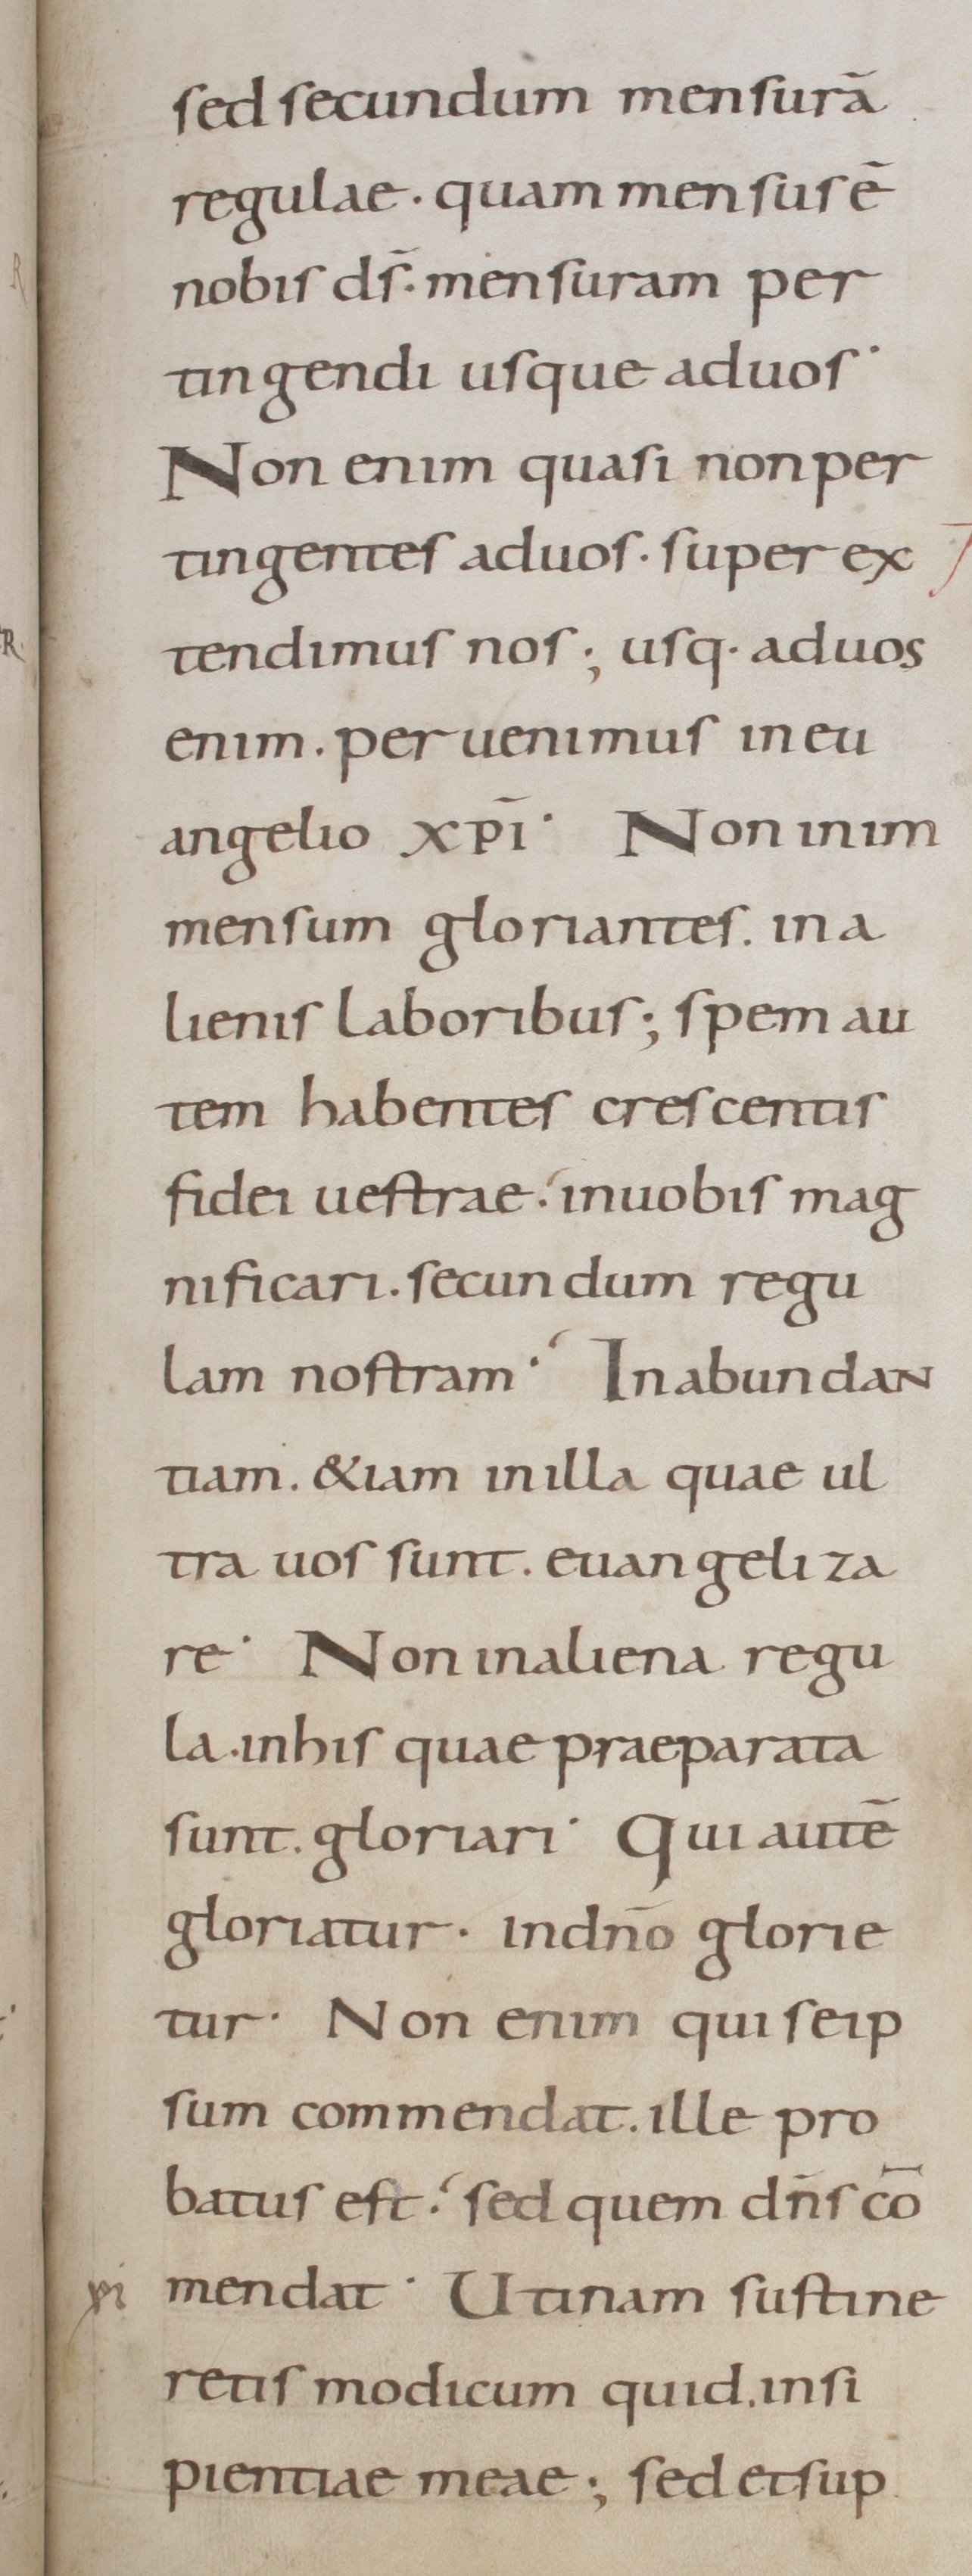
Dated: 800–899